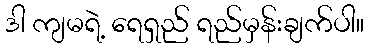
ဒါ ကျမရဲ့ ရေရှည် ရည်မှန်းချက်ပါ။